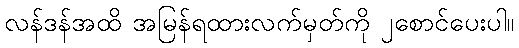
လန်ဒန်အထိ အမြန်ရထားလက်မှတ်ကို ၂စောင်ပေးပါ။